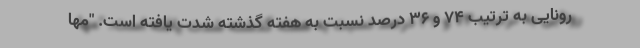
رونایی به ترتیب ۷۴ و ۳۶ درصد نسبت به هفته گذشته شدت یافته است. "مها